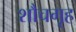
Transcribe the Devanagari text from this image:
शौचगृह